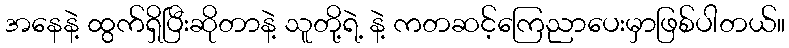
အနေနဲ့ ထွက်ရှိပြီးဆိုတာနဲ့ သူတို့ရဲ့ နဲ့ ကတဆင့်ကြေညာပေးမှာဖြစ်ပါတယ်။